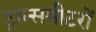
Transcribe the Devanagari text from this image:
ट्रान्समीटरों